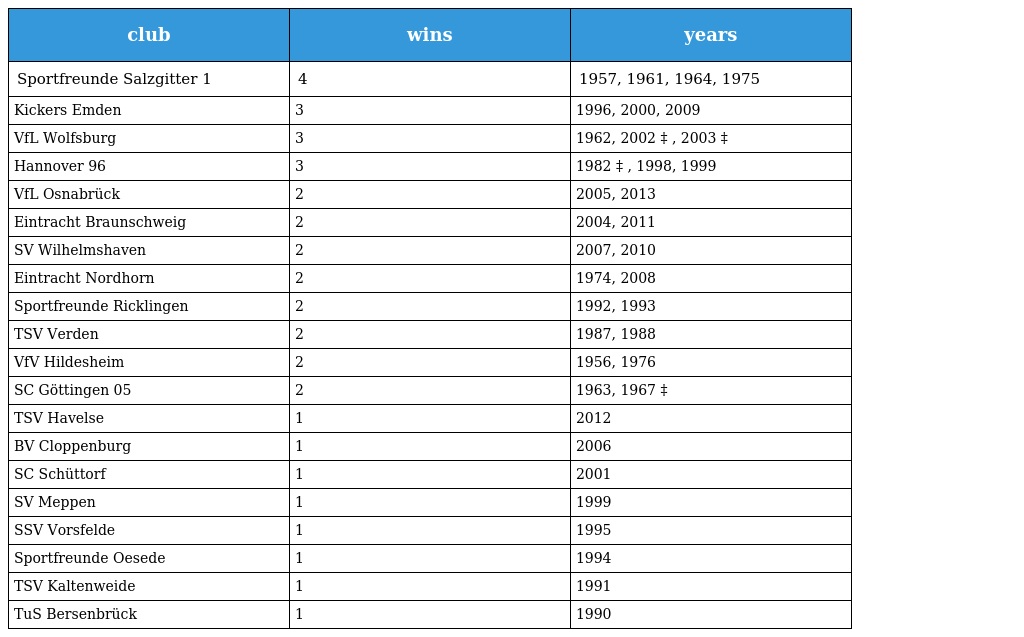
| club | wins | years |
 | --- | --- | --- |
 | Sportfreunde Salzgitter 1 | 4 | 1957, 1961, 1964, 1975 |
 | Kickers Emden | 3 | 1996, 2000, 2009 |
 | VfL Wolfsburg | 3 | 1962, 2002 ‡ , 2003 ‡ |
 | Hannover 96 | 3 | 1982 ‡ , 1998, 1999 |
 | VfL Osnabrück | 2 | 2005, 2013 |
 | Eintracht Braunschweig | 2 | 2004, 2011 |
 | SV Wilhelmshaven | 2 | 2007, 2010 |
 | Eintracht Nordhorn | 2 | 1974, 2008 |
 | Sportfreunde Ricklingen | 2 | 1992, 1993 |
 | TSV Verden | 2 | 1987, 1988 |
 | VfV Hildesheim | 2 | 1956, 1976 |
 | SC Göttingen 05 | 2 | 1963, 1967 ‡ |
 | TSV Havelse | 1 | 2012 |
 | BV Cloppenburg | 1 | 2006 |
 | SC Schüttorf | 1 | 2001 |
 | SV Meppen | 1 | 1999 |
 | SSV Vorsfelde | 1 | 1995 |
 | Sportfreunde Oesede | 1 | 1994 |
 | TSV Kaltenweide | 1 | 1991 |
 | TuS Bersenbrück | 1 | 1990 |